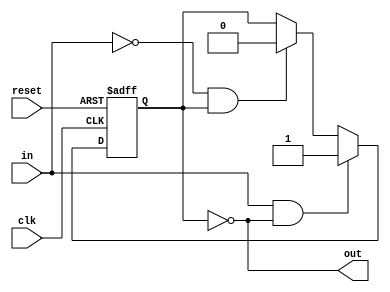
module schmitt_trigger_inverter (
    input wire  clk,
    input wire  reset,
    input wire  in,
    output wire out
);

parameter THRESHOLD_HIGH = 1'b1;   // High threshold level
parameter THRESHOLD_LOW  = 1'b0;   // Low threshold level

reg state;    // State of the Schmitt trigger

always @(posedge clk or posedge reset) begin
    if (reset) begin
        state <= 1'b0;
    end else begin
        if (in == THRESHOLD_HIGH && state == 1'b0) begin
            state <= 1'b1;
        end else if (in == THRESHOLD_LOW && state == 1'b1) begin
            state <= 1'b0;
        end
    end
end

assign out = ~state;

endmodule